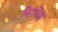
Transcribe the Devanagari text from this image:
निरापेक्ष